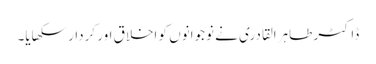
ڈاکٹر طاہرالقادری نے نوجوانوں کو اخلاق اور کردار سکھایا۔